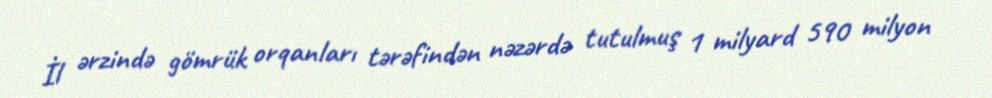
İl ərzində gömrük orqanları tərəfindən nəzərdə tutulmuş 1 milyard 590 milyon